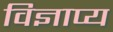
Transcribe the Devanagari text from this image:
विज्ञाप्य